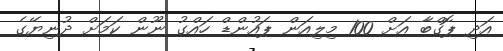
އަދި ޕޮގްބާ އަށް 100 މިލިއަން ޕައުންޑް ހައްގު ނޫން ކަމަށް ދުނިޔޭގެ